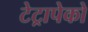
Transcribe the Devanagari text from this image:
टेट्रापेको